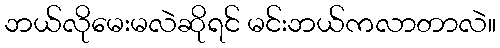
ဘယ်လိုမေးမလဲဆိုရင် မင်းဘယ်ကလာတာလဲ။